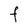
Character: f